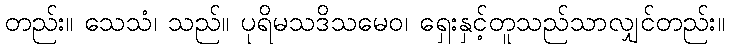
တည်း။ သေသံ၊ သည်။ ပုရိမသဒိသမေဝ၊ ရှေးနှင့်တူသည်သာလျှင်တည်း။